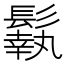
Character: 𩮿